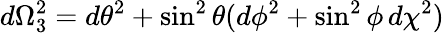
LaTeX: d\Omega_{3}^{2}=d\theta^{2}+\sin^{2}\theta(d\phi^{2}+\sin^{2}\phi\, d\chi^{2})